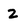
Character: 2